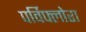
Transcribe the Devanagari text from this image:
पर्विफ्लोरा